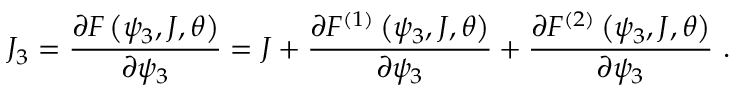
J _ { 3 } = \frac { \partial F \left( \psi _ { 3 } , J , \theta \right) } { \partial \psi _ { 3 } } = J + \frac { \partial F ^ { ( 1 ) } \left( \psi _ { 3 } , J , \theta \right) } { \partial \psi _ { 3 } } + \frac { \partial F ^ { ( 2 ) } \left( \psi _ { 3 } , J , \theta \right) } { \partial \psi _ { 3 } } \ .